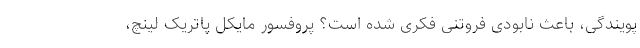
پویندگی، باعث نابودی فروتنی فکری شده است؟ پروفسور مایکل پاتریک لینچ،